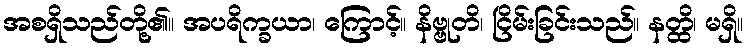
အစရှိသည်တို့၏။ အပရိက္ခယာ၊ ကြောင့်။ နိဗ္ဗုတိ၊ ငြိမ်းခြင်းသည်။ နတ္ထိ၊ မရှိ။